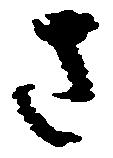
さ